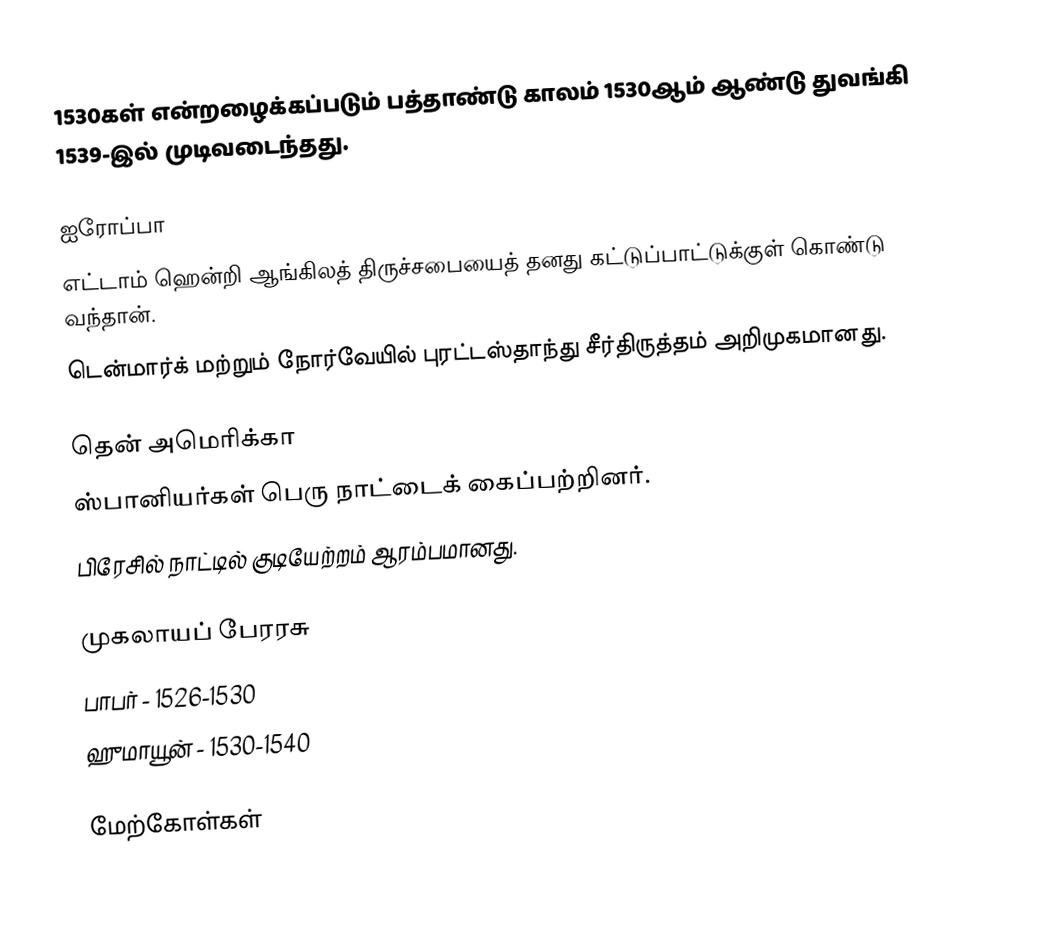
1530கள் என்றழைக்கப்படும் பத்தாண்டு காலம் 1530ஆம் ஆண்டு துவங்கி 1539-இல் முடிவடைந்தது.

ஐரோப்பா
 எட்டாம் ஹென்றி ஆங்கிலத் திருச்சபையைத் தனது கட்டுப்பாட்டுக்குள் கொண்டு வந்தான்.
 டென்மார்க் மற்றும் நோர்வேயில் புரட்டஸ்தாந்து சீர்திருத்தம் அறிமுகமானது.

தென் அமெரிக்கா
 ஸ்பானியர்கள் பெரு நாட்டைக் கைப்பற்றினர்.
 பிரேசில் நாட்டில் குடியேற்றம் ஆரம்பமானது.

முகலாயப் பேரரசு
 பாபர் - 1526-1530
 ஹுமாயூன் - 1530-1540

மேற்கோள்கள்